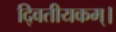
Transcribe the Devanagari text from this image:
दि्वतीयकम्।